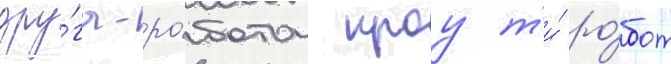
дру́га-ро́бота кроу т'и́ ро́бот